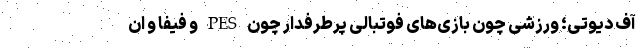
آف دیوتی؛ ورزشی چون بازی‌های فوتبالی پرطرفدار چون PES و فیفا و ان